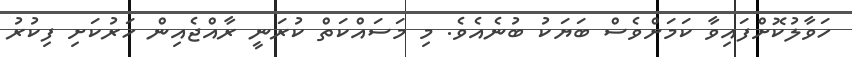
ހަވާލުކޮށްފައިވާ ކަމަށްވެސް ބަޔަކު ބުނެއެވެ. މި މަސައްކަތް ކުރަނީ ރާއްޖެއިން ހަރުކަށި ފިކުރު